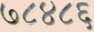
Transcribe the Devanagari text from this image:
७८४८६